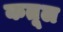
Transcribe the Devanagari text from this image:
कतूल